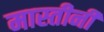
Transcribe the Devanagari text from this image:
मास्तीनी